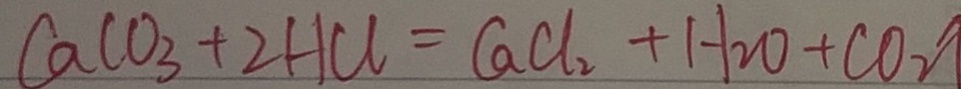
C a C O _ { 3 } + 2 H C l = C a C l _ { 2 } + H _ { 2 } O + C O _ { 2 } \uparrow